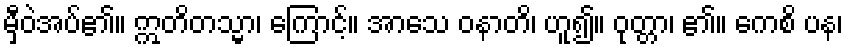
မှီဝဲအပ်၏။ ဣတိတသ္မာ၊ ကြောင့်။ အာသေ ဝနာတိ၊ ဟူ၍။ ဝုတ္တာ၊ ၏။ ကေစိ ပန၊